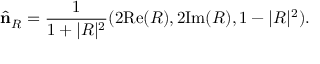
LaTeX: \widehat { \bf n } _ { R } = \frac { 1 } { 1 + \vert R \vert ^ { 2 } } ( 2 \mathrm { R e } ( R ) , 2 \mathrm { I m } ( R ) , 1 - \vert R \vert ^ { 2 } ) .